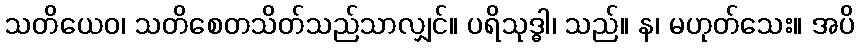
သတိယေဝ၊ သတိစေတသိတ်သည်သာလျှင်။ ပရိသုဒ္ဓါ၊ သည်။ န၊ မဟုတ်သေး။ အပိ